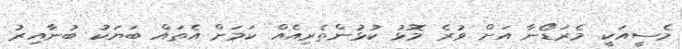
މެސީއަކީ މެރަޑޯނާ އަށް ވުރެ މޮޅު ކުޅުންތެރިއެއް ކަމަށް އެތައް ބަޔަކު ބުނާއިރު